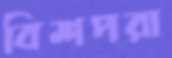
বিশপরা